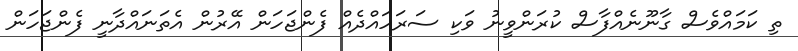
ތި ކަމައްވެސް ގާނޫނެއްފާސް ކުރަންވީނު ވަކި ސަރަހައްދެއް ފެންޖަހަން އޭރުން އެތަނައްދާނީ ފެންޖަހަން